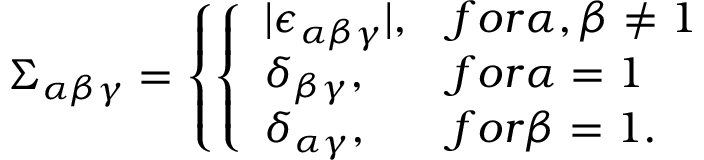
\Sigma _ { \alpha \beta \gamma } = \left\{ \left\{ \begin{array} { l l } { { | \epsilon _ { \alpha \beta \gamma } | , } } & { { f o r \alpha , \beta \ne 1 } } \\ { { \delta _ { \beta \gamma } , } } & { { f o r \alpha = 1 } } \\ { { \delta _ { \alpha \gamma } , } } & { { f o r \beta = 1 . } } \end{array} \right. \right.